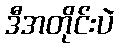
ဒီအတိုင်းပဲ